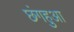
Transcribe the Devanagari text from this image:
छंगहुआ